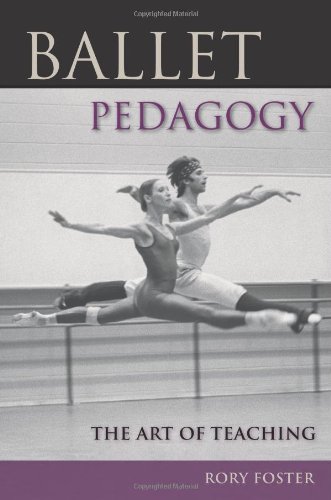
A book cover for Ballet Pedagogy: The Art of Teaching; Rory Foster; Humor & Entertainment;